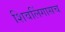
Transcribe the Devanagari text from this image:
शिवलिंगासच